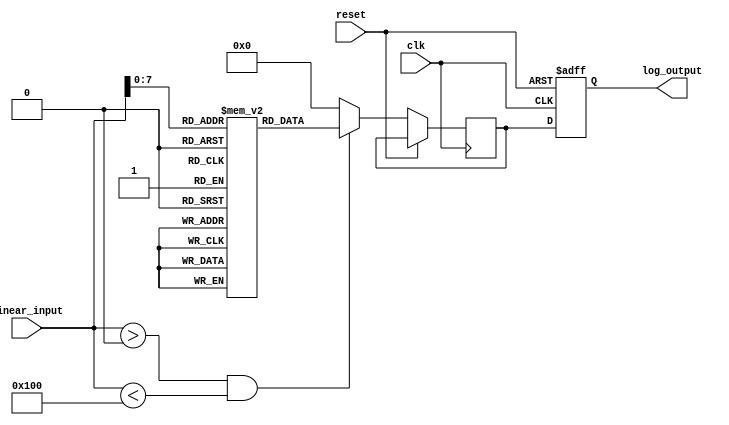
module LogarithmicScalingCircuit (
    input wire [15:0] linear_input, // 16-bit linear input
    input wire clk,                 // Clock signal
    input wire reset,               // Reset signal
    output reg [7:0] log_output     // 8-bit logarithmic output
);

    // Lookup table for log2 values (for simplicity, only a few values are included)
    reg [7:0] log2_lut [0:255]; // LUT for values 0-255
    initial begin
        log2_lut[0] = 8'd0;   // log2(1) = 0
        log2_lut[1] = 8'd0;   // log2(1) = 0
        log2_lut[2] = 8'd1;   // log2(2) = 1
        log2_lut[3] = 8'd2;   // log2(3) = 1.585 (approx)
        log2_lut[4] = 8'd2;   // log2(4) = 2
        log2_lut[5] = 8'd3;   // log2(5) = 2.321 (approx)
        log2_lut[6] = 8'd3;   // log2(6) = 2.585 (approx)
        log2_lut[7] = 8'd3;   // log2(7) = 2.807 (approx)
        log2_lut[8] = 8'd3;   // log2(8) = 3
        // Fill in the rest of the LUT as needed...
        // For example, log2_lut[255] = 8'd7; // log2(256) = 8
    end

    // Internal signal for the logarithmic value
    reg [7:0] log_value;

    // Process the input and compute the logarithm
    always @(posedge clk or posedge reset) begin
        if (reset) begin
            log_output <= 8'd0;
        end else begin
            if (linear_input > 0 && linear_input < 256) begin
                log_value <= log2_lut[linear_input]; // Get log2 value from LUT
            end else begin
                log_value <= 8'd0; // Handle out of range or undefined values
            end
            log_output <= log_value; // Assign the computed log value to output
        end
    end

endmodule